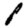
Digit: 8